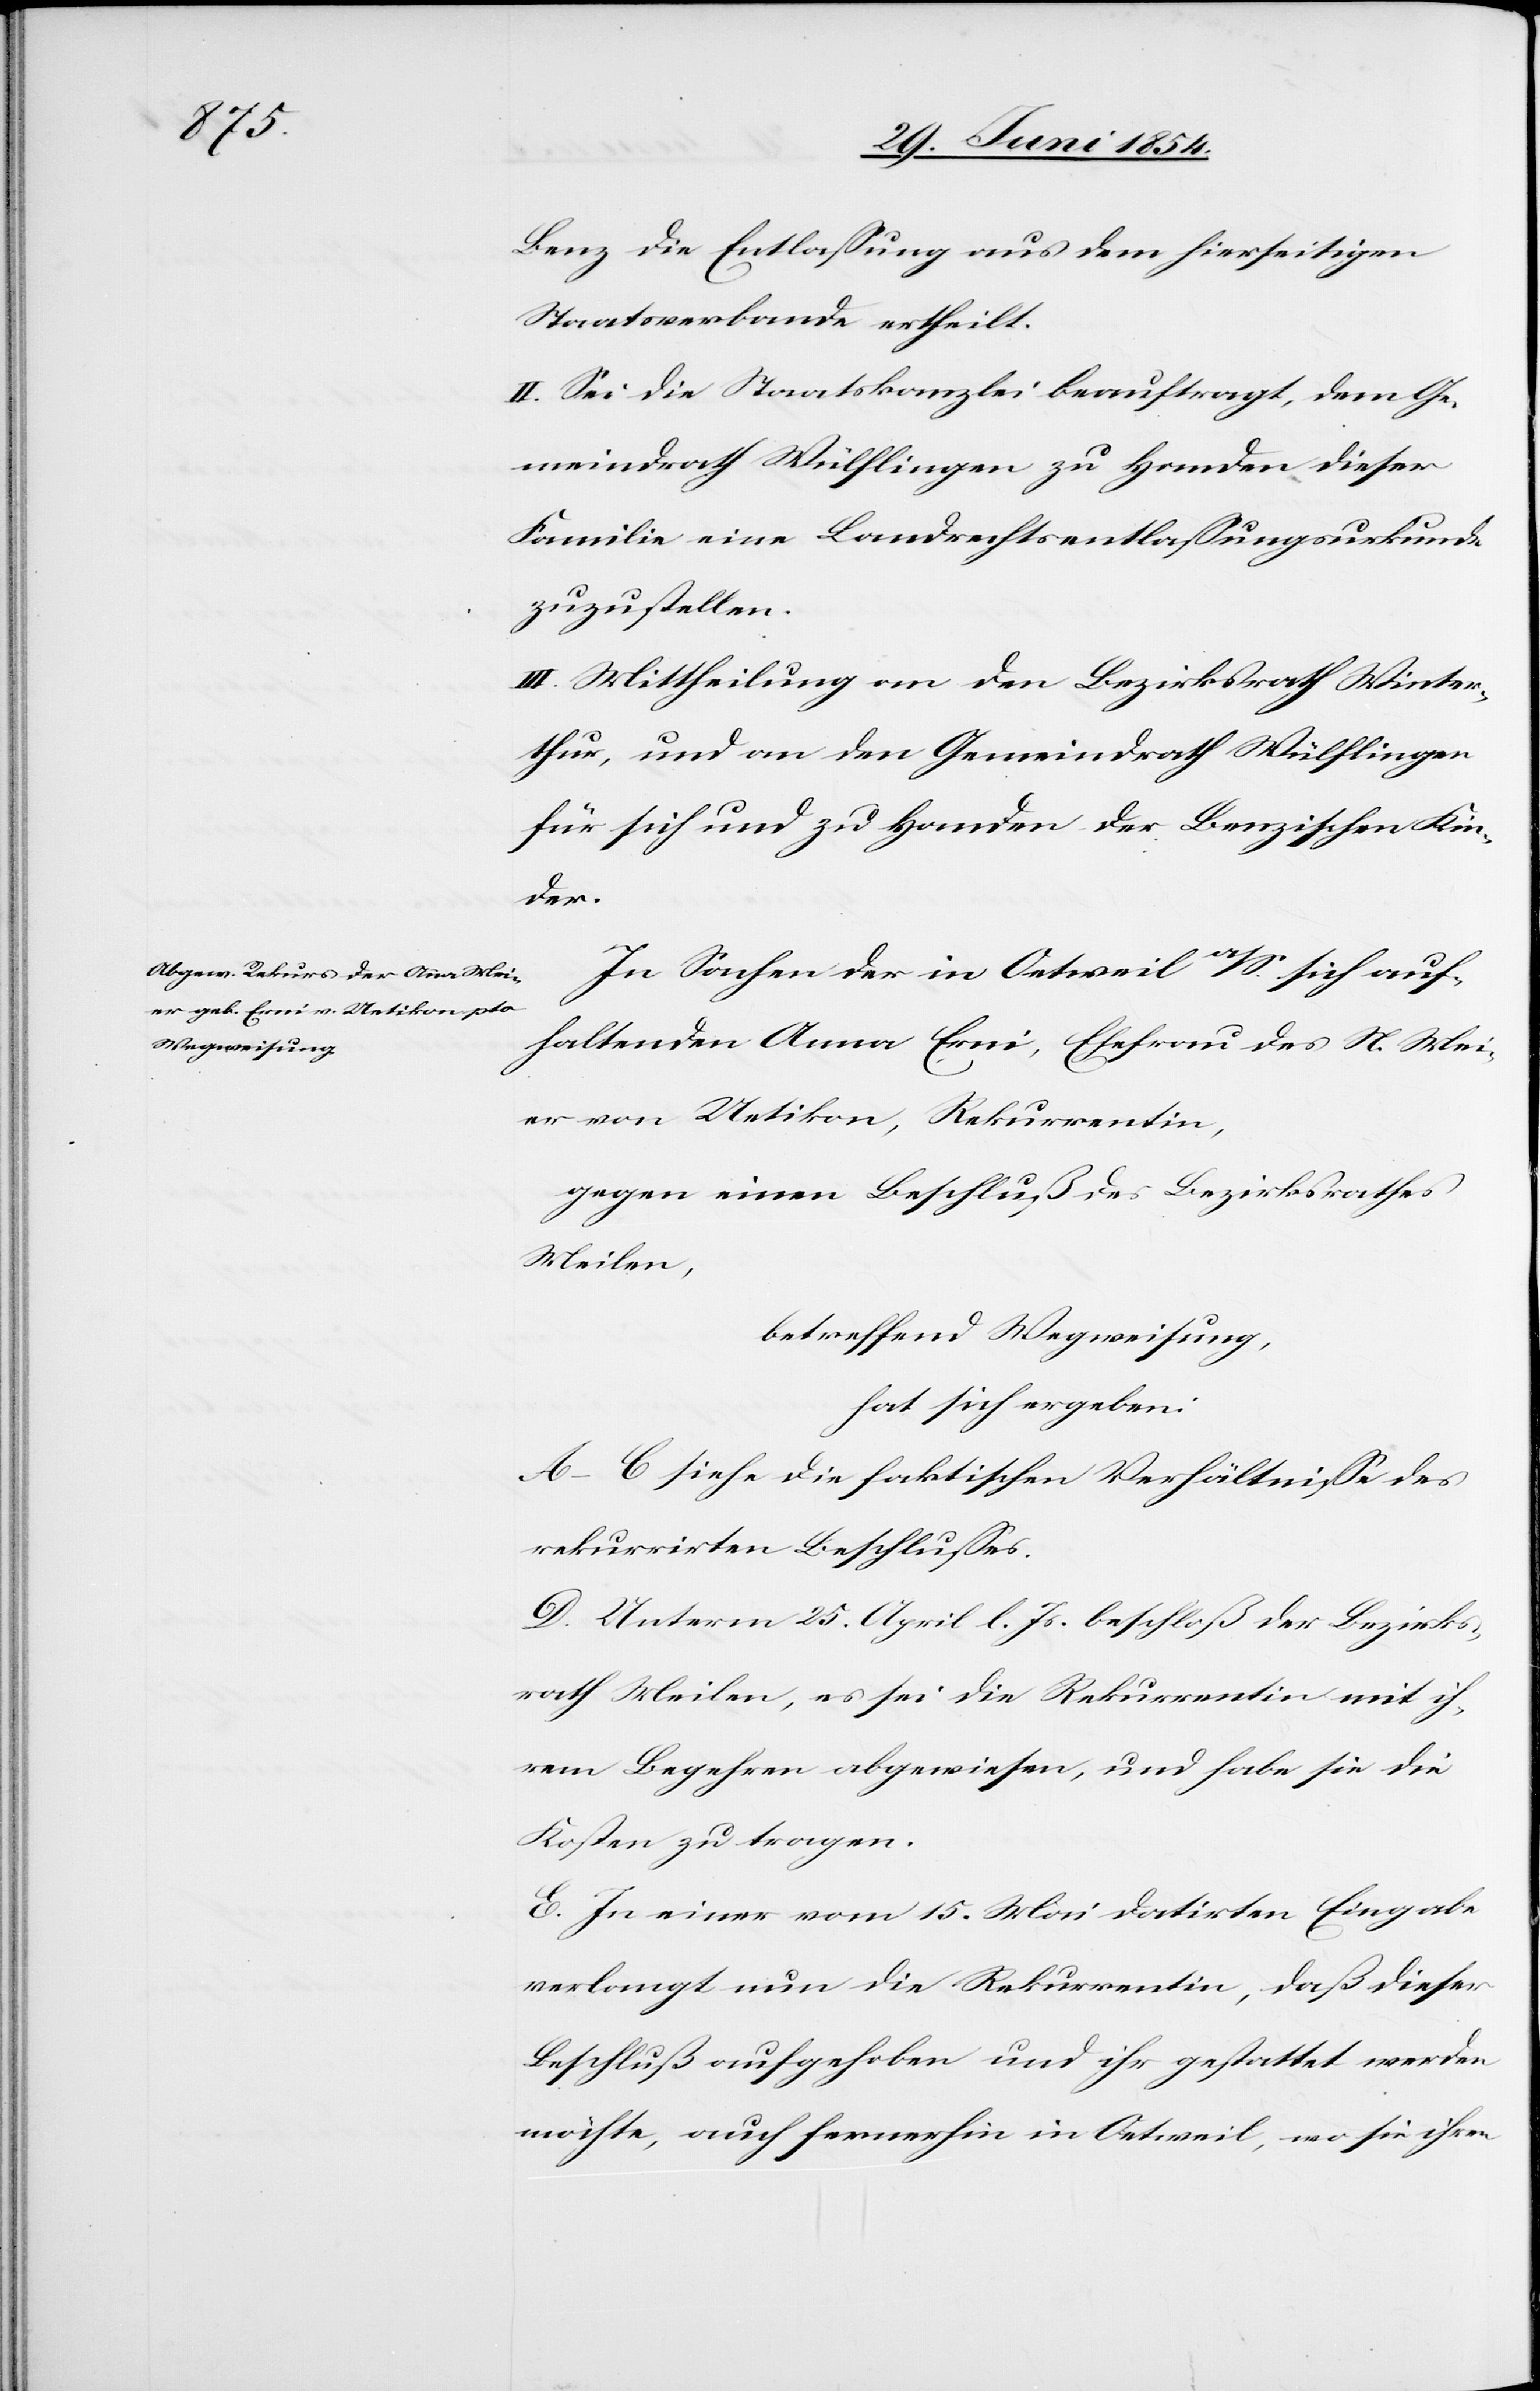
Benz die Entlaßung aus dem hierseitigen
Staatsverbande ertheilt.
II. Sei die Staatskanzlei beauftragt, dem Ge¬
meindrath Wülflingen zu Handen dieser
Familie eine Landrechtsentlaßungsurkunde
zuzustellen.
III. Mittheilung an den Bezirksrath Winter¬
thur, an den Gemeindrath Wülflingen
für sich und zu Handen der Benzischen Kin¬
der.
In Sachen der in Oetweil a/S. sich auf¬
haltenden Anna Erni, Ehefrau des N. Mei¬
er von Uetikon, Rekurrentin,
gegen einen Beschluß des Bezirksrathes
Meilen,
betreffend Wegweisung,
hat sich ergeben:
A.–E. siehe die faktischen Verhältniße des
rekurrirten Beschlußes.
D. Unterm 25. April l. Js. beschloß der Bezirks¬
rath Meilen, es sei die Rekurrentin mit ih¬
rem Begehren abgewiesen, und habe sie die
Kosten zu tragen.
E. In einer vom 15. Mai datirten Eingabe
verlangt nun die Rekurrentin, daß dieser
Beschluß aufgehoben und ihr gestattet werden
möchte, auch fernerhin in Oetweil, wo sie ihren